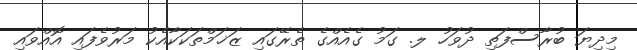
މިދިޔަ ބުރާސްފަތި ދުވަހު ލ. ގަމު ގެއެއްގެ ތެރޭގައި ޒަޚަމްތަކަކާއެކު މަރުވެފައި އޮއްވައި